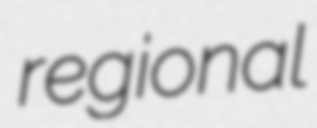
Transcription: regional